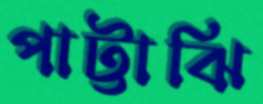
পাট্টাঝি